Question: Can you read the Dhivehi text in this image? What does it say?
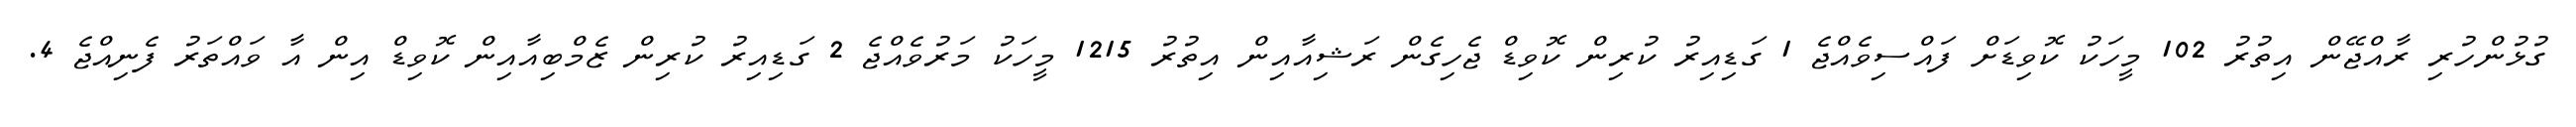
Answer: ގުޅުންހުރި ރާއްޖޭން އިތުރު 102 މީހަކު ކޮވިޑަށް ފައްސިވެއްޖެ 1 ގަޑިއިރު ކުރިން ކޮވިޑް ޖެހިގެން ރަޝިއާއިން އިތުރު 1215 މީހަކު މަރުވެއްޖެ 2 ގަޑިއިރު ކުރިން ޒެމްބިއާއިން ކޮވިޑް އިން އާ ވައްތަރު ފެނިއްޖެ 4.